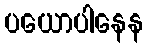
ပယောပါနေန